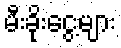
မီးခိုးငွေ့များ